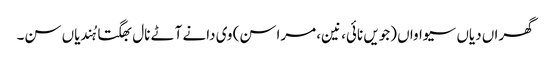
گھراں دیاں سیواواں (جویں نائی، نین، مراسن) وی دانے آٹے نال بھگتا ہُندیاں سن۔